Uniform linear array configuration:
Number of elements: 12
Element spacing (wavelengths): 0.75
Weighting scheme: binomial
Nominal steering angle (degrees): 0
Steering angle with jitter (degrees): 0.009748
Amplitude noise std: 0.05
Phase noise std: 0.05

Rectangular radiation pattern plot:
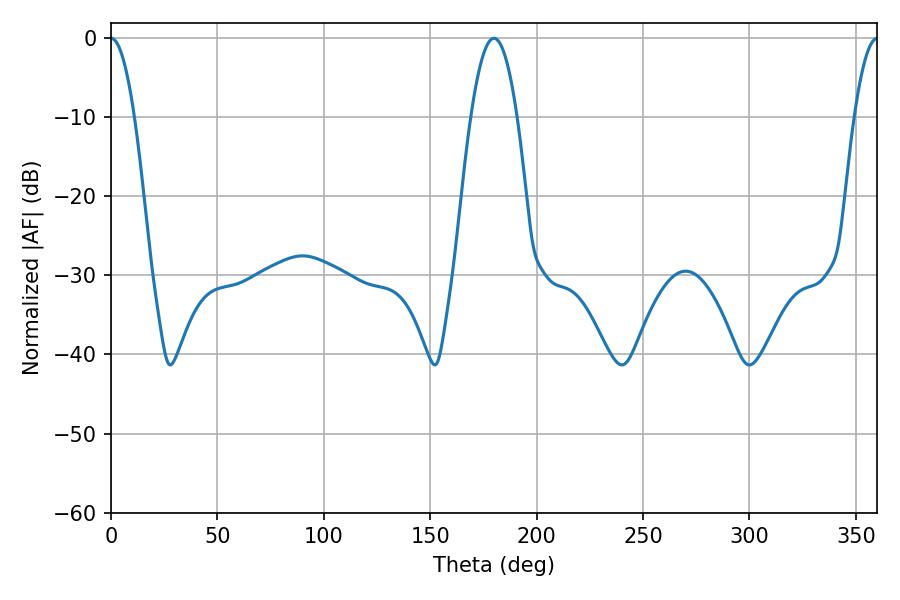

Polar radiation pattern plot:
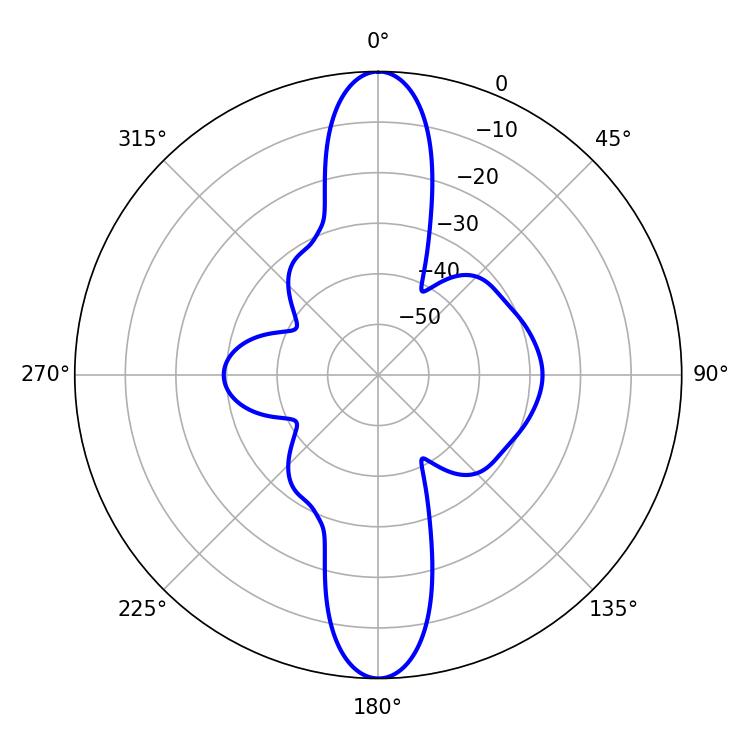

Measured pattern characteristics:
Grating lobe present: TRUE
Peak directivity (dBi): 31.644
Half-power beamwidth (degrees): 5.94
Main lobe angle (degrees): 0